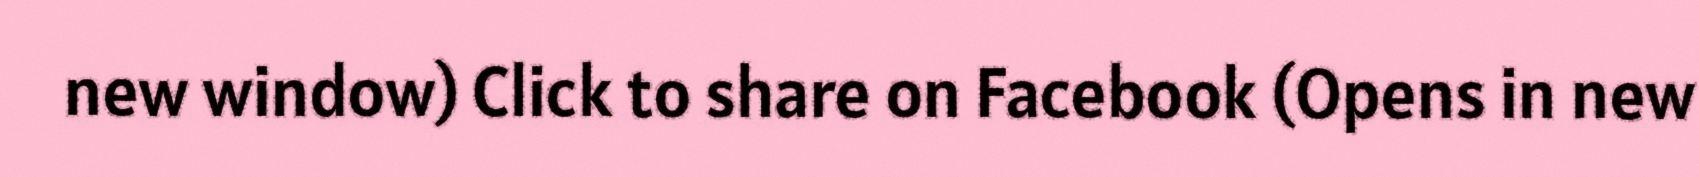
new window) Click to share on Facebook (Opens in new